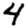
Digit: 4